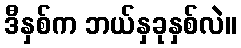
ဒီနှစ်က ဘယ်နှခုနှစ်လဲ။